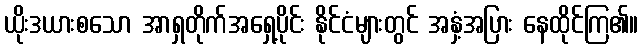
ယိုးဒယားစသော အာရှတိုက်အရှေ့ပိုင်း နိုင်ငံများတွင် အနှံ့အပြား နေထိုင်ကြ၏။